Juuru_vallavalitsus, lk 24
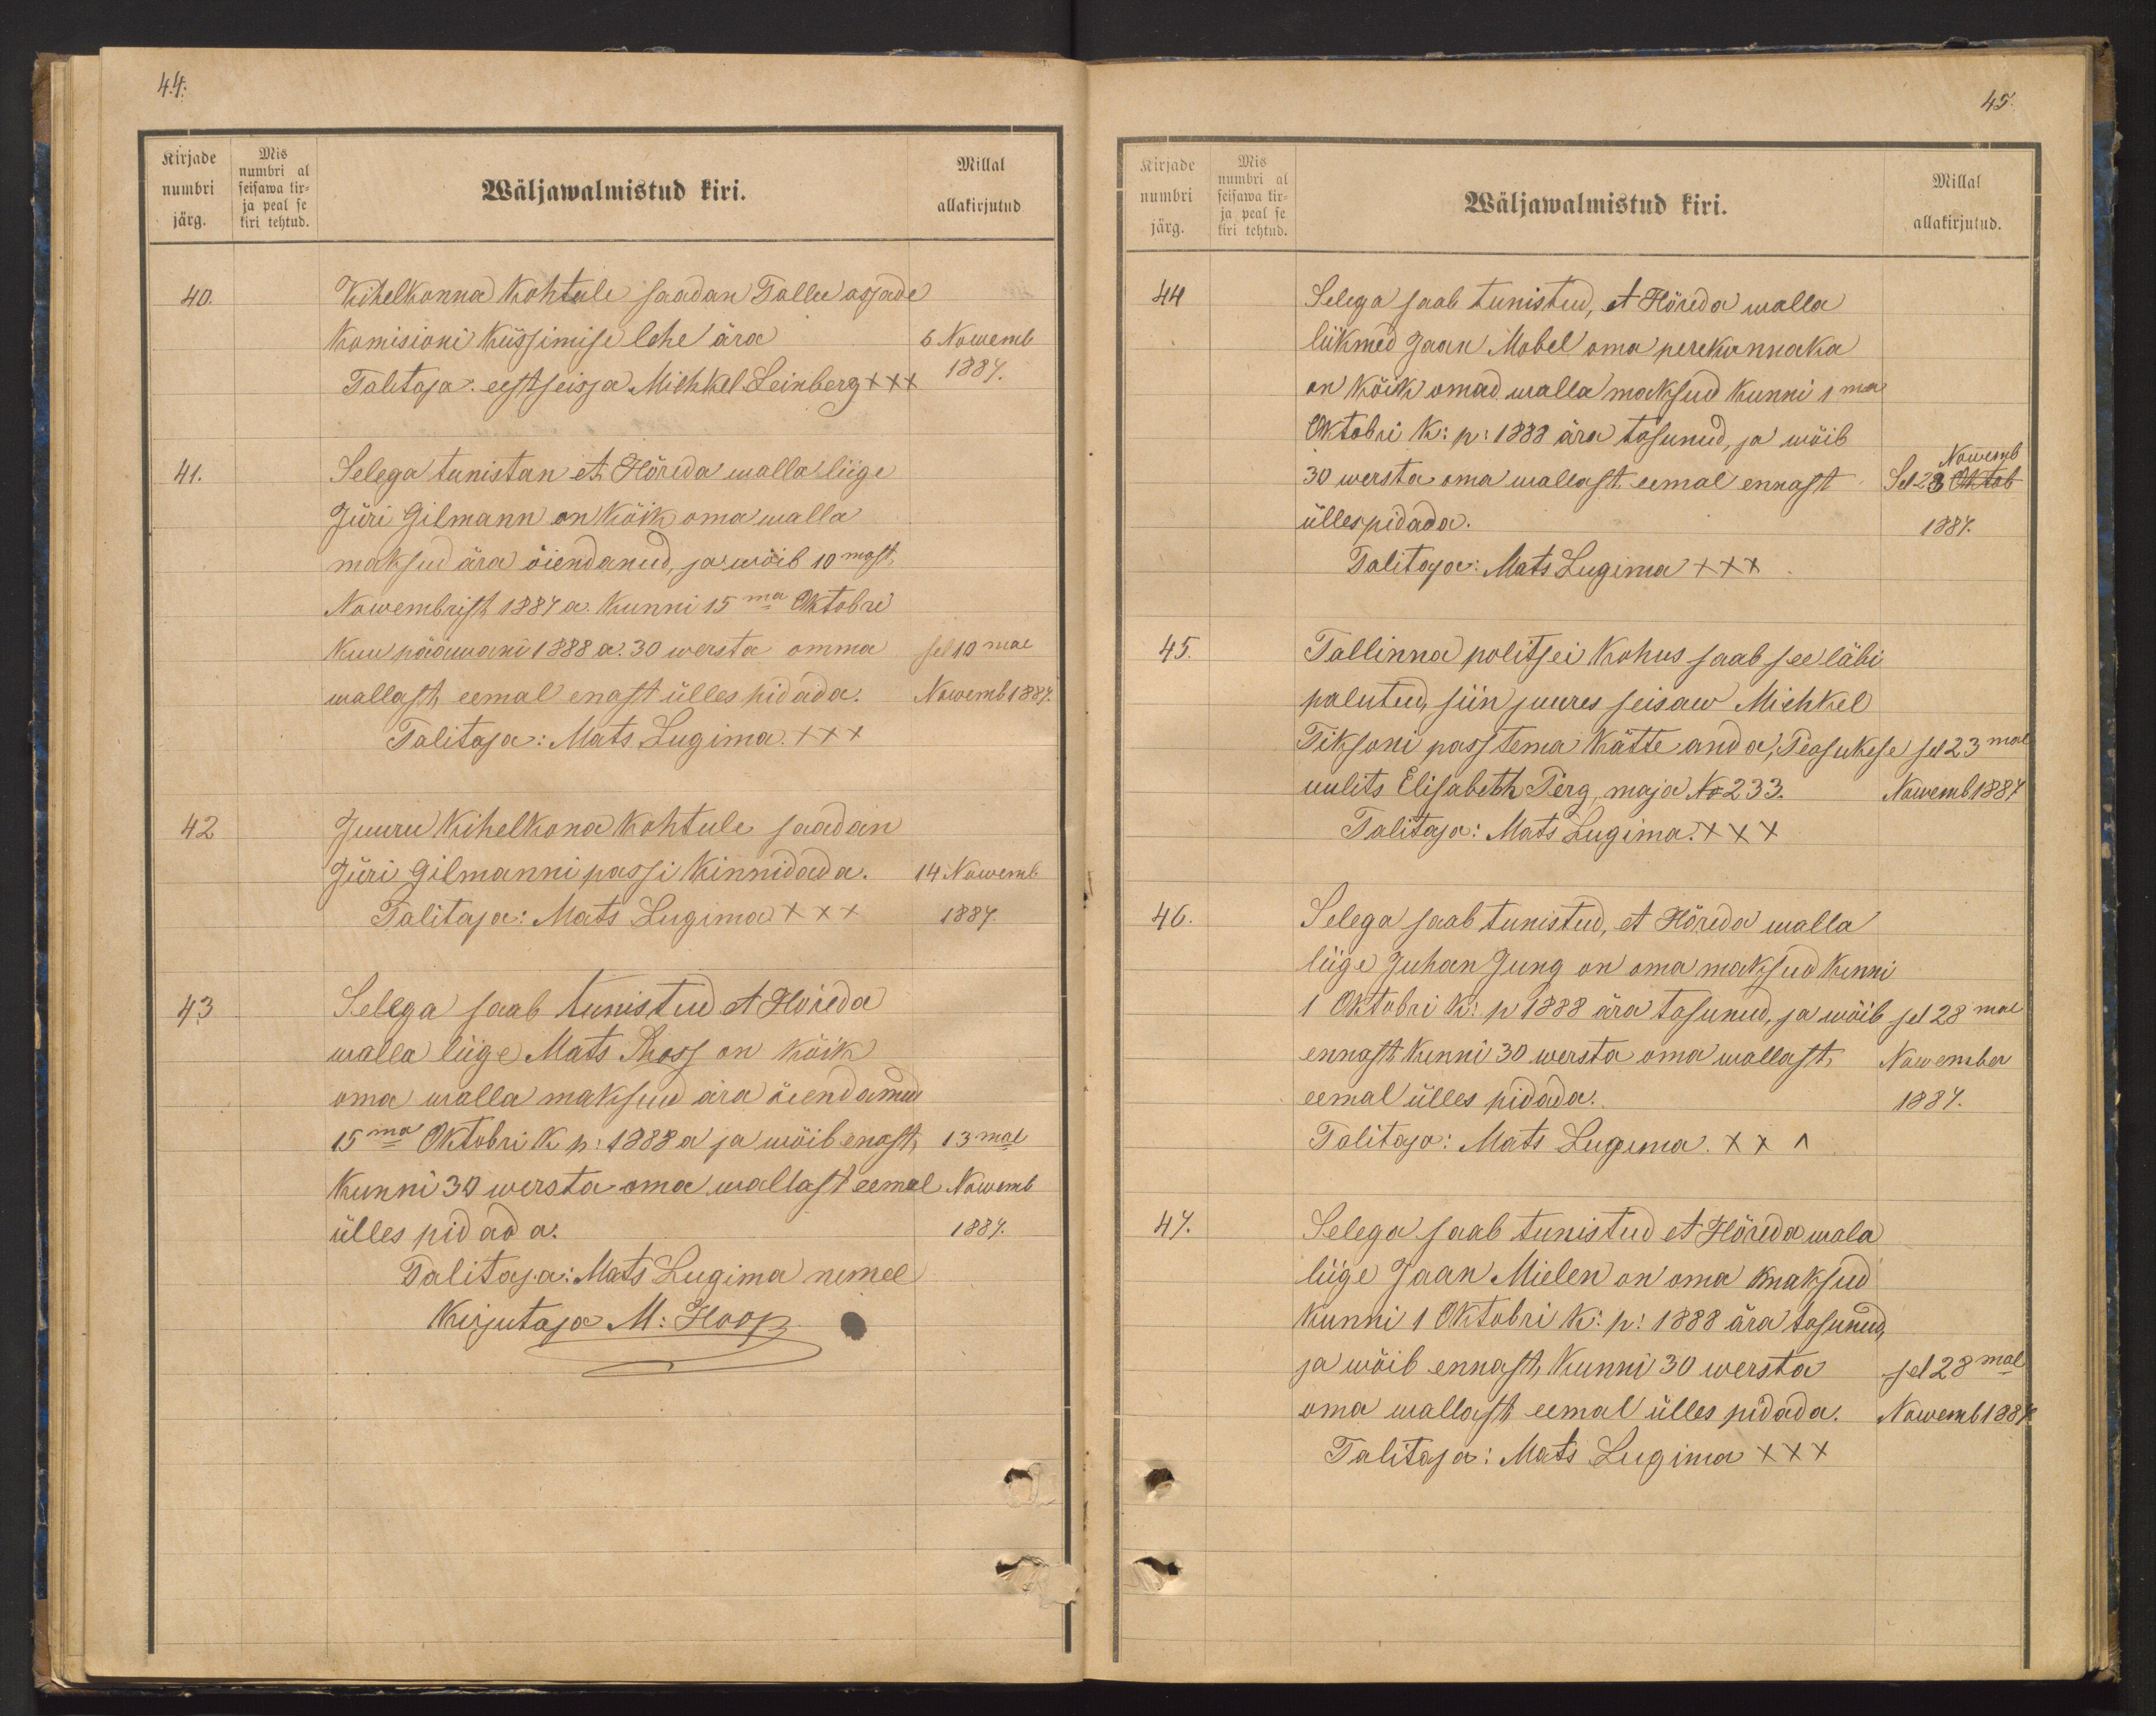
Kirjade
numbri
järg.
Mis
numbri al
seisawa kir-
ja peal se
kiri tehtud.

4.4:
Millal
Wäljawalmistud kiri.
allakirjutud
40.
Kihelkonna kohtule saadan Tallu asjade
Komisioni küssimise lehe ära
6 Nowemb
Talitaja: eestseisja Mihkel Leinberg +++
1887
41.
Selega tunistan et Hõreda walla liige
Jüri Gilmann on kõik oma walla
maksud ära õiendanud, ja wõib 10mast,
Nowembrist 1884 a. Kunni 15ma Oktobri
Kuu pääwani 1888 a. 30 wersta omma
sel 10mal
wallast, eemal enast ülles pidada.
Nowemb 1887.
Talitaja: Mats Lugima XXX
42
Juuru kihelkona kohtule saadan
Jüri Gilmanni passi kinnidada.
14 Nowemb
Talitaja: Mats Lugima XXX
1887.
43
Lelega saab tunistud et Hõreda
walla liige Mats Ross on kõik
oma walla maksud ära õiendanud.
15ma Oktobri k p. 1888 a ja wõib enast, 13mal
kunni 30 wersta oma wallast eemal
Nowemb
ülles pidada.
1887.
Talitaja: Mats Lugima nimel
Kirjutaja M: Hoop

Kirjade
numbri
järg.
Mis
numbri al
seisawa kir-
ja peal se
kiri tehtud.

45.
Millal
Wäljawalmistud kiri.
allakirjutud.
44
Selega saab tunistud, et Hõreda walla
liikmed Jaan Mabel oma perekonnaka
on kõik omad walla maksud kunni 1ma
Oktobri k: p: 1888 ära tasunud, ja wõib
Nowemb
30 wersta oma wallast eemal ennast
Sel 23 oktob
üllespidada.
1887.
Talitaja: Mats Lugima +++
45.
Tallinna politsei kohus saab see läbi
palutud, siin juures seisaw Michkel
Tiksoni pass tema kätte anda, Peasukese sel 23mal
uulits Elisabeth Perg, maja No 233.
Nowemb 1887
Talitaja: Mats Lugima XXX
46.
Selega saab tunistud, et Hõreda walla
liige Juhan Jung on oma maksud kinni
1 Oktobri k. p 1888 ära tasunud, ja wõib sel 28mal
ennast kunni 30 wersta oma wallast,
Nowember
eemal ülles pidada.
1887.
Talitaja: Mats Lugima XXX
47.
Selega saab tunistud et Hõreda wala
liige Jaan Mielen on oma kmaksud
kunni 1 Oktobri k: p: 1888 ära tasunud,
ja wõib ennast, kunni 30 wersta
sel 28mal
oma wallast eemal ülles pidada.
Nowemb 1887
Talitaja: Mats Lugima XXX